Madras plague regulations and rules - Volume 2
Disease focus: Plague
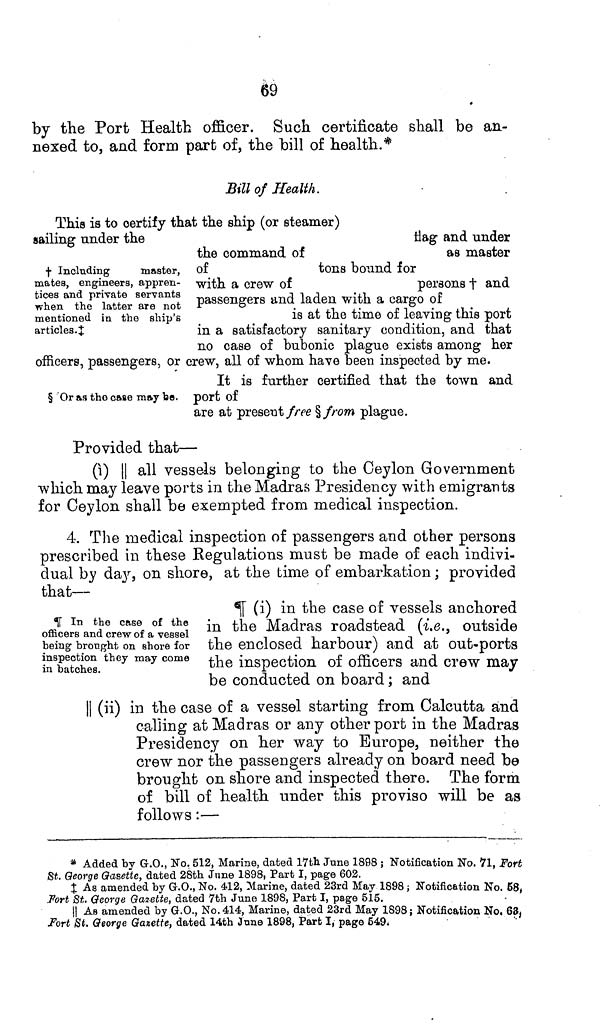
69
by the Port Health officer. Such certificate shall be an-
nexed to, and form part of, the bill of health.*
† Including
master,
mates, engineers, appren-
tices and private servants
when the latter are not
mentioned in the ship's
articles.‡
Sill of Health.
This is to certify that the ship (or steamer)
sailing under the
dag
and under
the command of
as master
of
tons bound for
with a crew of
persons † and
passengers and laden with a cargo of
is at the time of leaving this port
in a satisfactory sanitary condition, and that
no case of bubonic plague exists among her
officers, passengers, or crew, all of whom have been inspected by me.
§ Or as the case may be.
It is further certified that the town and
port of
are at present free § from plague.
Provided that—
(i) || all vessels belonging to the Ceylon Government
which may leave ports in the Madras Presidency with emigrants
for Ceylon shall be exempted from medical inspection.
4. The medical inspection of passengers and other persons
prescribed in these Regulations must be made of each indivi-
dual by day, on shore, at the time of embarkation; provided
that—
¶ In the case of the
officers and crew of a vessel
being brought on shore for
inspection they may come
in batches.
¶ (i) in the case of vessels anchored
in the Madras roadstead (i.e., outside
the enclosed harbour) and at out-ports
the inspection of officers and crew may
be conducted on board; and
|| (ii) in the case of a vessel starting from Calcutta and
calling at Madras or any other port in the Madras
Presidency on her way to Europe, neither the
crew nor the passengers already on board need be
brought on shore and inspected there. The form
of bill of health under this proviso will be as
follows:—
* Added by G.O., No. 512, Marine, dated 17th June 1898 ; Notification No. 71, Fort
fit. George Gasette, dated 28th June 1898, Part I, page 602.
†‡ As amended by G.O., No. 412, Marine, dated 23rd May 1898; Notification No. 68,
Fort St. George Gazette, dated 7th June 1898, Part I, page 515.
|| As amended by G.O., No. 414, Marine, dated 23rd May 1898; Notification No. 63,
Fort St. George Gazette, dated 14th June 1898, Part I, page 549.